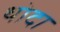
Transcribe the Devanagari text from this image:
थोदा